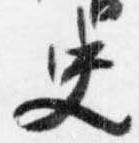
史